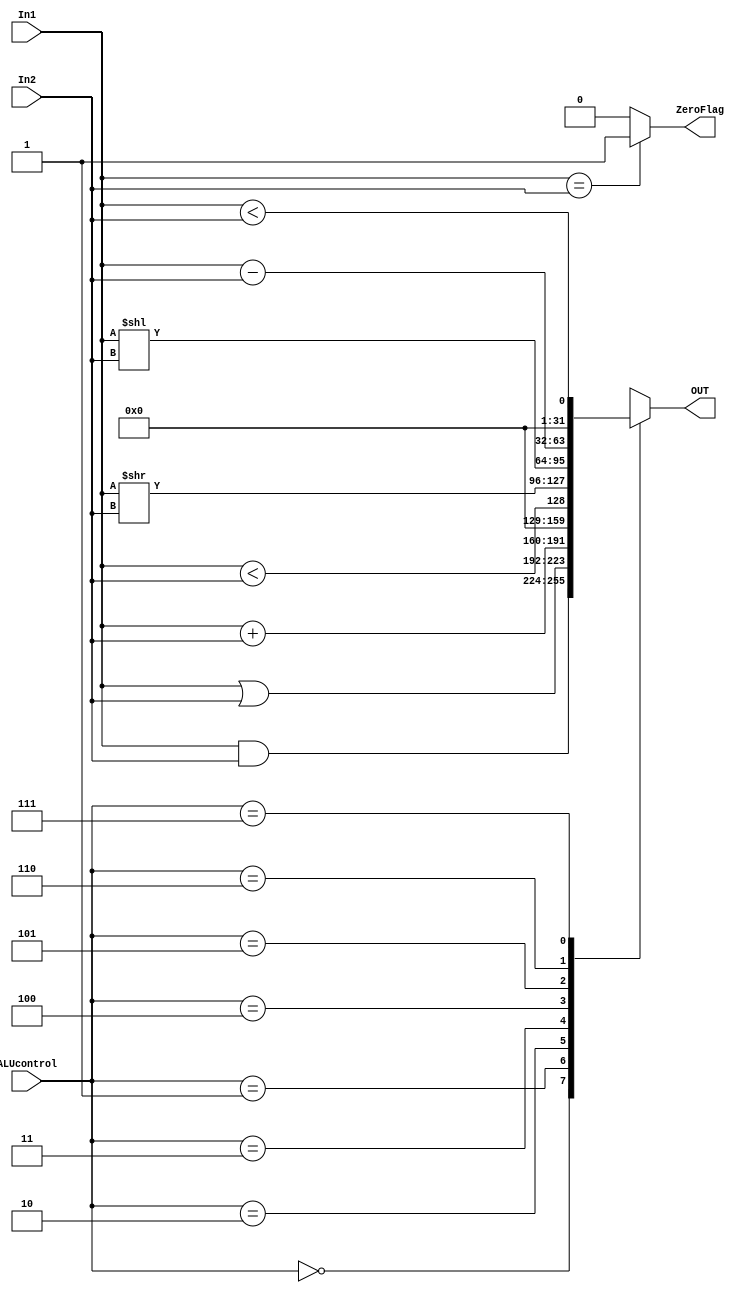
module ALU (OUT, ZeroFlag, In1, In2, ALUcontrol);
input [31:0] In1, In2;
input [2:0] ALUcontrol;
output reg [31:0] OUT;
output reg ZeroFlag;
always @ (In1, In2, ALUcontrol)
begin
if (In1 == In2)
ZeroFlag = 1;
else
ZeroFlag = 0;
end
always @ (In1, In2, ALUcontrol)
begin
case (ALUcontrol)
3'b000 : OUT = In1 & In2; //and 
3'b001 : OUT = In1 | In2; //or 
3'b010 : OUT= $signed(In1) +  $signed(In2); //add,addi,sw,lw,lhu,lh
3'b011 : OUT= $unsigned(In1) < $unsigned(In2);//sltu
3'b100 : OUT = $signed(In1)>>$signed(In2);//slr  //10
3'b101 : OUT = $signed(In1)<<$signed(In2); //sll //9
3'b110 : OUT = $signed(In1) - $signed(In2); //beq,sub //5
3'b111 : OUT = $signed(In1) < $signed(In2);//slt //4
endcase
end
endmodule



module ALU_Test();
reg [31:0] a, b;
reg [2:0] select;
wire [31:0] OUT;
wire zeroflag;
initial begin
a = 1;
b = 2;

#10 select = 3'b000;
#10 $display ("%d", $signed(OUT)); $display ("%d", zeroflag);
#10 a = 2; b = 2;
#10 $display ("%d", $signed(OUT)); $display ("%d", zeroflag);
#10 a = 10; b = 20;
#10 $display ("%d", $signed(OUT)); $display ("%d", zeroflag);

#10 select = 3'b001;
#10 a = 1;b = 2;
#10 $display ("%d", $signed(OUT)); $display ("%d", zeroflag);
#10 a = 2; b = 2;
#10 $display ("%d", $signed(OUT)); $display ("%d", zeroflag);
#10 a = 10; b = 20;
#10 $display ("%d", $signed(OUT)); $display ("%d", zeroflag);

#10 select = 3'b010;
#10 a = 1;b = 2;
#10 $display ("%d", $signed(OUT)); $display ("%d", zeroflag);
#10 a = 2; b = 2;
#10 $display ("%d", $signed(OUT)); $display ("%d", zeroflag);
#10 a = 10; b = 20;
#10 $display ("%d", $signed(OUT)); $display ("%d", zeroflag);

#10 select = 3'b011;
#10 a = 1;b = 2;
#10 $display ("%d", $signed(OUT)); $display ("%d", zeroflag);
#10 a = 2; b = 2;
#10 $display ("%d",  $signed(OUT)); $display ("%d", zeroflag);
#10 a = 10; b = 20;
#10 $display ("%d",  $signed(OUT)); $display ("%d", zeroflag);

end
always@(a, b, select);
ALU aluTest(OUT, zeroflag, a, b, select);
endmodule